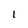
Character: I